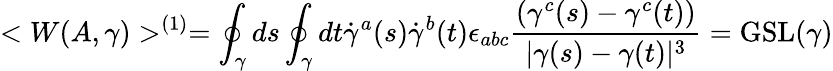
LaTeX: <W(A,\gamma)>^{(1)}=\oint_{\gamma}ds\oint_{\gamma}dt\dot{\gamma}^{a}(s)\dot{\gamma}^{b}(t)\epsilon_{abc}{\frac{(\gamma^{c}(s)-\gamma^{c}(t))}{|\gamma(s)-\gamma(t)|^{3}}}=\mathrm{GSL}(\gamma)